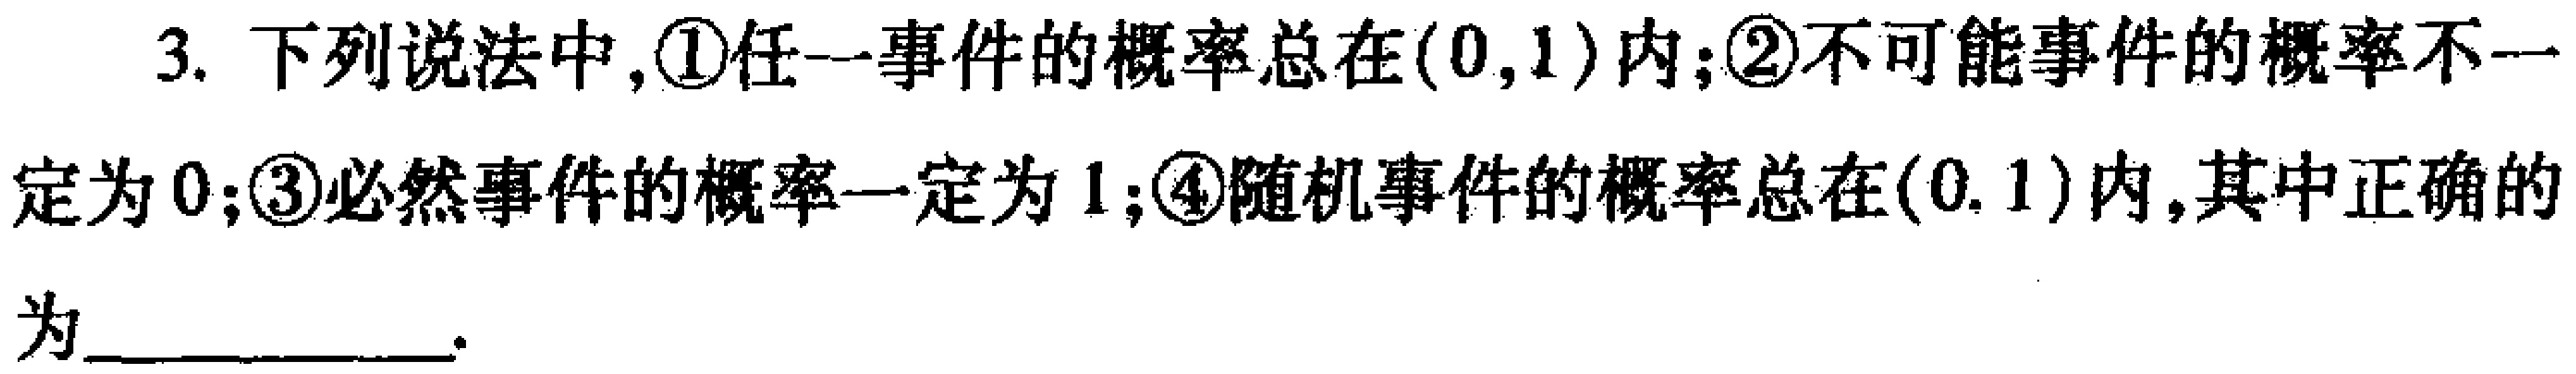
3. 下列说法中,\textcircled{1}任一事件的概率总在\((0,1)\)内;\textcircled{2}不可能事件的概率不一定为\(0\);\textcircled{3}必然事件的概率一定为\(1\);\textcircled{4}随机事件的概率总在\((0,1)\)内,其中正确的为____________.